Report on vaccination in Madras 1895-1903 - 1895-1903
Year: 1895
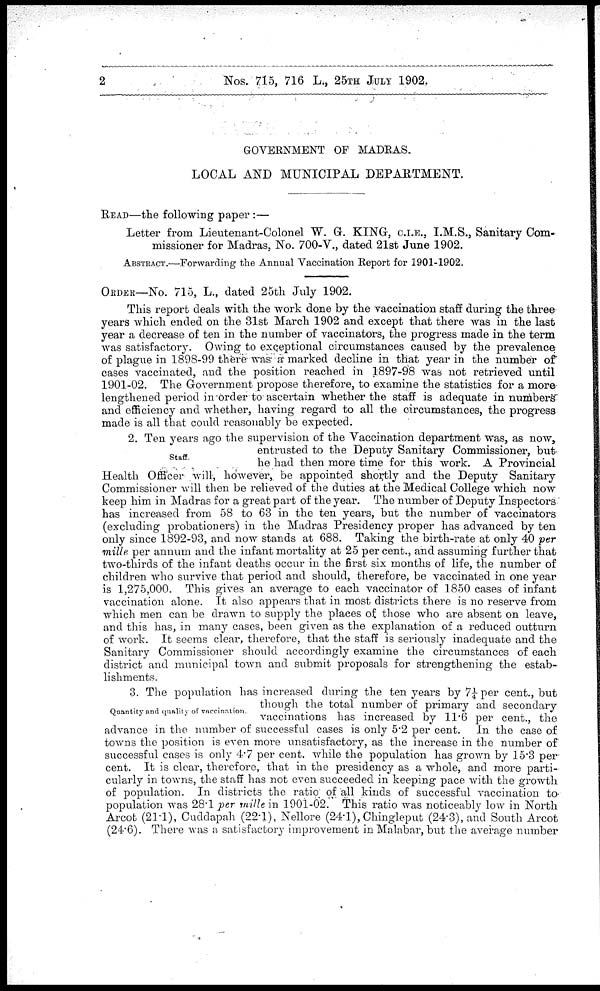
2
Nos. 715, 716 L., 25TH JULY 1902.
GOVERNMENT OF MADRAS.
LOCAL AND MUNICIPAL DEPARTMENT.
READ—the following paper :—
Letter from Lieutenant-Colonel W. G. KING, C. I.E., I.M.S., Sanitary Com-
missioner for Madras, No. 700-V., dated 21st June 1902.
ABSTRACT.—Forwarding the Annual Vaccination Report for 1901-1902.
ORDER—No. 715, L., dated 25th July 1902.
This report deals with the work done by the vaccination staff during the three
years which ended on the 31st March 1902 and except that there was in the last
year a decrease of ten in the number of vaccinators, the progress made in the term
was satisfactory. Owing to exceptional circumstances caused by the prevalence
of plague in 1898-99 there was a marked decline in that year in the number of
cases vaccinated, and the position reached in 1897-98 was not retrieved until
1901-02. The Government propose therefore, to examine the statistics for a more
lengthened period in order to ascertain whether the staff is adequate in numbers
and efficiency and whether, having regard to all the circumstances, the progress
made is all that could reasonably be expected.
Staff.
2. Ten years ago the supervision of the Vaccination department was, as now,
entrusted to the Deputy Sanitary Commissioner, but
he had then more time for this work. A Provincial
Health Officer will, however, be appointed shortly and the Deputy Sanitary
Commissioner will then be relieved of the duties at the Medical College which now
keep him in Madras for a great part of the year. The number of Deputy Inspectors
has increased from 58 to 63 in the ten years, but the number of vaccinators
(excluding probationers) in the Madras Presidency proper has advanced by ten
only since 1892-93, and now stands at 688. Taking the birth-rate at only 40 per
mille per annum and the infant mortality at 25 per cent., and assuming further that
two-thirds of the infant deaths occur in the first six months of life, the number of
children who survive that period and should, therefore, be vaccinated in one year
is 1,275,000. This gives an average to each vaccinator of 1850 cases of infant
vaccination alone. It also appears that in most districts there is no reserve from
which men can be drawn to supply the places of those who are absent on leave,
and this has, in many cases, been given as the explanation of a reduced outturn
of work. It seems clear, therefore, that the staff is seriously inadequate and the
Sanitary Commissioner should accordingly examine the circumstances of each
district and municipal town and submit proposals for strengthening the estab-
lishments.
Quantity and quality of vaccination.
3. The population has increased during the ten years by 7¼ per cent., but
though the total number of primary and secondary
vaccinations has increased by 11.6 per cent., the
advance in the number of successful cases is only 5.2 per cent. In the case of
towns the position is even more unsatisfactory, as the increase in the number of
successful cases is only 4.7 per cent. while the population has grown by 15.3 per-
cent. It is clear, therefore, that in the presidency as a whole, and more parti-
cularly in towns, the staff has not even succeeded in keeping pace with the growth
of population. In districts the ratio of all kinds of successful vaccination to
population was 28.1 per mille in 1901-02. This ratio was noticeably low in North
Arcot (21.1), Cuddapah (22.1), Nellore (24.1), Chingleput (24.3), and South Arcot
(24.6). There was a satisfactory improvement in Malabar, but the average number